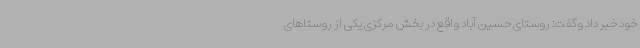
خود خبر داد وگفت: روستای حسین آباد واقع در بخش مرکزی یکی از روستاهای